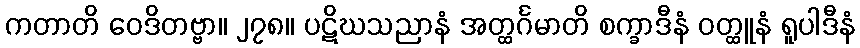
ကတာတိ ဝေဒိတဗ္ဗာ။ ၂၇၈။ ပဋိဃသညာနံ အတ္ထင်္ဂမာတိ စက္ခာဒီနံ ဝတ္ထူနံ ရူပါဒီနံ